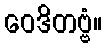
ဝေဒိတဗ္ဗံ။